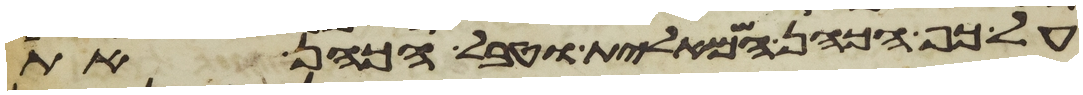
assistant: על כף הכהן השמאלית וטבל הכהן את